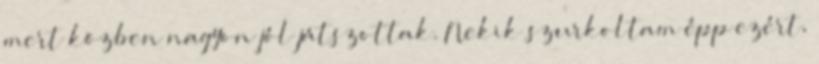
mert közben nagyon jól játszottak. Nekik szurkoltam épp ezért,